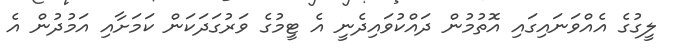
ލީގުގެ އެއްވަނައިގައި އޮތުމުން ދައްކުވައިދެނީ އެ ޓީމުގެ ވަރުގަދަކަން ކަމަށާއި އަމުދުން އެ